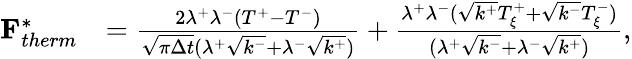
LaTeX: \begin{array}{rl}{\mathbf{F}_{therm}^{*}}&{=\frac{2\lambda^{+}\lambda^{-}(T^{+}-T^{-})}{\sqrt{\pi\Delta t}(\lambda^{+}\sqrt{k^{-}}+\lambda^{-}\sqrt{k^{+}})}+\frac{\lambda^{+}\lambda^{-}(\sqrt{k^{+}}T_{\xi}^{+}+\sqrt{k^{-}}T_{\xi}^{-})}{(\lambda^{+}\sqrt{k^{-}}+\lambda^{-}\sqrt{k^{+}})},}\end{array}